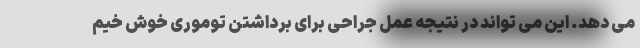
می دهد. این می تواند در نتیجه عمل جراحی برای برداشتن توموری خوش خیم